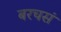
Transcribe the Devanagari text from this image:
बरचसं